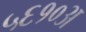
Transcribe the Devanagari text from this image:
५६१०अ